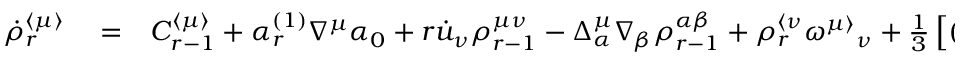
\begin{array} { r l r } { \dot { \rho } _ { r } ^ { \langle \mu \rangle } } & { { } = } & { C _ { r - 1 } ^ { \langle \mu \rangle } + \alpha _ { r } ^ { ( 1 ) } \nabla ^ { \mu } \alpha _ { 0 } + r \dot { u } _ { \nu } \rho _ { r - 1 } ^ { \mu \nu } - \Delta _ { \alpha } ^ { \mu } \nabla _ { \beta } \rho _ { r - 1 } ^ { \alpha \beta } + \rho _ { r } ^ { \langle \nu } \omega ^ { \mu \rangle } { } _ { \nu } + \frac { 1 } { 3 } \left[ ( r - 1 ) m ^ { 2 } \rho _ { r - 2 } ^ { \mu } - ( r + 3 ) \rho _ { r } ^ { \mu } \right] \theta + ( r - 1 ) \sigma _ { \alpha \beta } \rho _ { r - 2 } ^ { \mu \alpha \beta } + } \end{array}